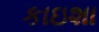
કાઇશા